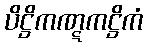
ပိဋ္ဌိကဏ္ဋကဋ္ဌိကံ